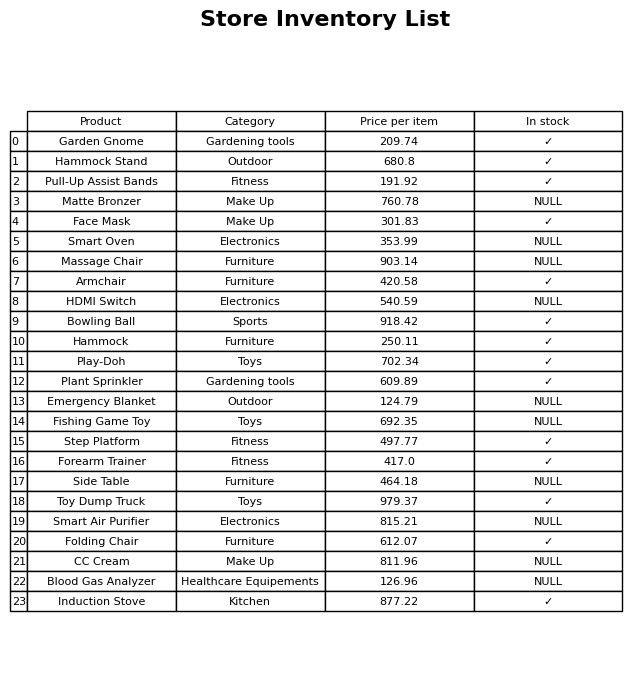
question: What is the price for Armchair?
answer: The price of Armchair is 420.58.